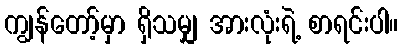
ကျွန်တော့်မှာ ရှိသမျှ အားလုံးရဲ့ စာရင်းပါ။